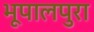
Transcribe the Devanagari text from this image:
भूपालपुरा